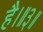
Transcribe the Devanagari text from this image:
है।॥३॥